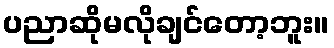
ပညာဆိုမလိုချင်တော့ဘူး။